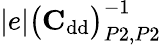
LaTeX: |e|\big(\mathrm{\textbf{C}}_{\mathrm{dd}}\big)_{P2,P2}^{-1}